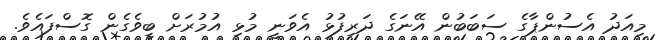
މިއަދު އެސުންޕާގެ ސަބަބުން އޭނަގެ ދަރިފުޅު އެވަނީ މުޅި އުމުރަށް ބީވެގެން ގޮސްފައެވެ.